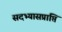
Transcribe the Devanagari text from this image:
सदभ्यासप्राप्ति